Medical and sanitary report of the native army of Bengal for the year
Year: 1875
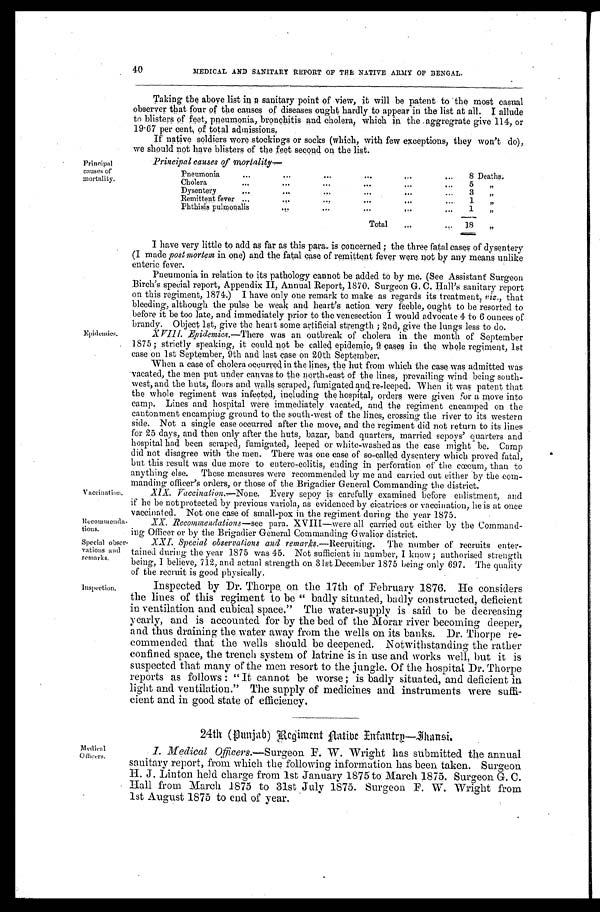
40
MEDICAL AND SANITARY REPORT OF THE NATIVE ARMY OF BENGAL.
Principal
causes of
mortality.
Epidemics.
Taking the above list in a sanitary point of view, it will be patent to the most casual
observer that four of the causes of diseases ought hardly to appear in the list at all. I allude
to blisters of feet, pneumonia, bronchitis and cholera, which in the aggregrate give 114, or
19.67 per cent, of total admissions.
If native soldiers wore stockings or socks (which, with few exceptions, they won't do),
we should not have blisters of the feet second on the list.
Principal causes of mortality
Pneumonia . . .
8 De a t h s .
Cholera
.
.
.
5
"
D y sentery
.
.
.
3
"
Remittent fever . . .
1
"
P h t h i s i s p u l m o n a l i s . . .
1
"
Total . . . 18
"
I have very little to add as far as this para. is concerned ; the three fatal cases of dysentery
(I made post mortem in one) and the fatal case of remittent fever were not by any means unlike
enteric fever.
Pneumonia in relation to its pathology cannot be added to by me. (See Assistant Surgeon
Birch's special report, Appendix II, Annual Report, 1870, Surgeon G. C. Hall's sanitary report
on this regiment, 1874.) I have only one remark to make as regards its treatment, viz., that
bleeding, although the pulse be weak and heart's action very feeble, ought to be resorted to
before it be too late, and immediately prior to the venesection I would advocate 4 to 6 ounces of
brandy. Object 1st, give the heart some artificial strength ; 2nd, give the lungs less to do.
XVIII. Epidemics— There was an outbreak of cholera in the month of September
1875 ; strictly speaking, it could not be called epidemic, 9 cases in the whole regiment, lst
case on 1st September, 9th and last case on 20th September.
When a case of cholera occurred in the lines, the hut from which the case was admitted was
vacated, the men put under canvas to the north-east of the lines, prevailing wind being south-
west, and the huts, floors and walls scraped, fumigated and re-leeped. When it was patent that
the whole regiment was infected, including the hospital, orders were given f or a move into
camp. Lines and hospital were immediately vacated, and the regiment encamped on the
cantonment encamping ground to the south-west of the lines, crossing the river to its western
side. Not a single case occurred after the move, and the regiment did not return to its lines
for 25 days, and then only after the huts, bazar, band quarters, married sepoys' quarters and
hospital had been scraped, fumigated, leeped or white-washed as the case might be. Camp
did not disagree with the men. There was one ease of so-called dysentery which proved fatal,
but this result was due more to eptero-colitis, ending in perforation of the cœcum, than to
anything else. These measures were recommended by me and carried out either by the com-
manding officer's orders, or those of the Brigadier General Commanding the district.
Vaccination.
Recommenda-
tions.
Special obser-
vations and
remarks.
Inspection.
XIX. Vaccination,—None. Every sepoy is carefully examined before enlistment, and
if he be not protected by previous variola, as evidenced by cicatrices or vaccination, he is at once
vaccinated. Not one case of small-pox in the regiment during the Year 1875.
XX. Recommendations—see para. XVIII—were all carried out either by the Command-
ing Officer or by the Brigadier General Commanding Gwalior district.
XXI. Special observations and remarks.—Recruiting. The number of recruits enter-
tained during the year 1875 was 45. Not sufficient in number, I know ; authorised strength
being, I believe, 712, and actual strength on 31st December 1875 being only 697. The quality
of the recruit is good physically.
Inspected by Dr. Thorpe, on the 17th of February 1876. He considers
the lines of this regiment to be " badly situated, badly constructed, deficient
in ventilation and cubical space." The Water-supply is said to be decreasing
yearly, and is accounted for by the bed of the Morar river becoming deeper,
and thus draining the water away from the wells on its banks. Dr. Thorpe re-
commended that the wells should be deepened. Notwithstanding the rather
confined space, the trench system of latrine is in use and works well, but it is
suspected that many of the men resort to the jungle. Of the hospital Dr. Thorpe
reports as follows : " It cannot be worse ; is badly situated, and deficient in
light and ventilation." The supply of medicines and instruments were suffi-
cient and in good state of efficiency.
24th (Punjab) Regiment Aatibe Infantry—Jhansi.
Medical
Officers.
1. Medical Officers .—Surgeon F. W. Wright has submitted the annual
sanitary report, from which the following information has been taken. Surgeon
H. J. Linton held charge from 1st January 1875 to March 1875. Surgeon G. C.
Hall from March 1875 to 31st July 1875. Surgeon F. W. Wright from
1st August 1875 to end of year.